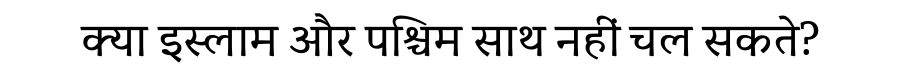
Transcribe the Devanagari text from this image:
क्या इस्लाम और पश्चिम साथ नहीं चल सकते?